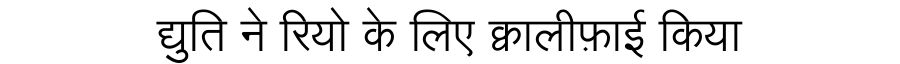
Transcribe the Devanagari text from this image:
द्युति ने रियो के लिए क्वालीफ़ाई किया